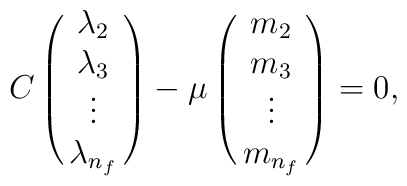
C \pmatrix {\lambda_2 \cr \lambda_3 \cr \vdots \cr \lambda_{n_f}}-\mu  \pmatrix {m_2 \cr m_3 \cr \vdots\cr m_{n_f}}=0,